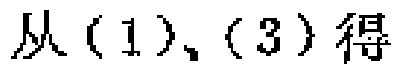
从（1）、（3）得